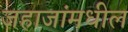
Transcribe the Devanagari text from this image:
जहाजांमधील